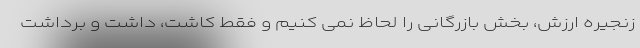
زنجیره ارزش، بخش بازرگانی را لحاظ نمی کنیم و فقط کاشت، داشت و برداشت